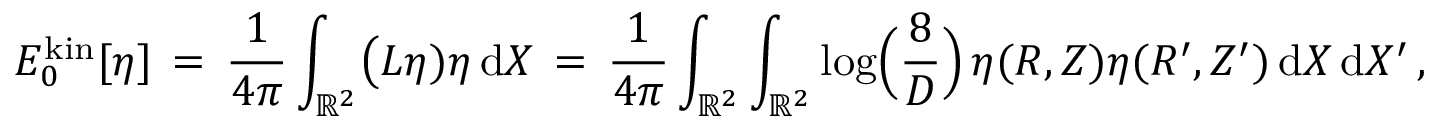
E _ { 0 } ^ { \mathrm { k i n } } [ \eta ] \, = \, \frac { 1 } { 4 \pi } \int _ { \mathbb { R } ^ { 2 } } \bigl ( L \eta ) \eta \, \mathrm { d } X \, = \, \frac { 1 } { 4 \pi } \int _ { \mathbb { R } ^ { 2 } } \int _ { \mathbb { R } ^ { 2 } } \log \Bigl ( \frac { 8 } { D } \Bigr ) \, \eta ( R , Z ) \eta ( R ^ { \prime } , Z ^ { \prime } ) \, \mathrm { d } X \, \mathrm { d } X ^ { \prime } \, ,